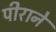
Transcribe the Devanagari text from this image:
पीराने